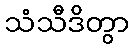
သံသီဒိတွာ